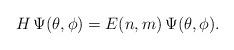
LaTeX: \begin{align*}H\,\Psi(\theta, \phi)= E(n,m)\,\Psi(\theta,\phi).\end{align*}